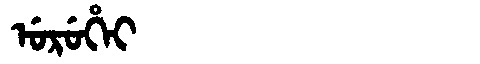
Manchu: ᡠᡵᡠᡥᡝᡳ
Romanization: URUHEI